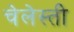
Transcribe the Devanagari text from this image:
चेलेस्ती